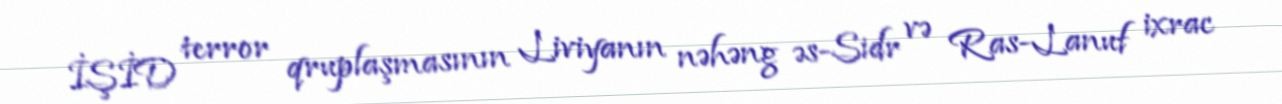
İŞİD terror qruplaşmasının Liviyanın nəhəng əs-Sidr və Ras-Lanuf ixrac